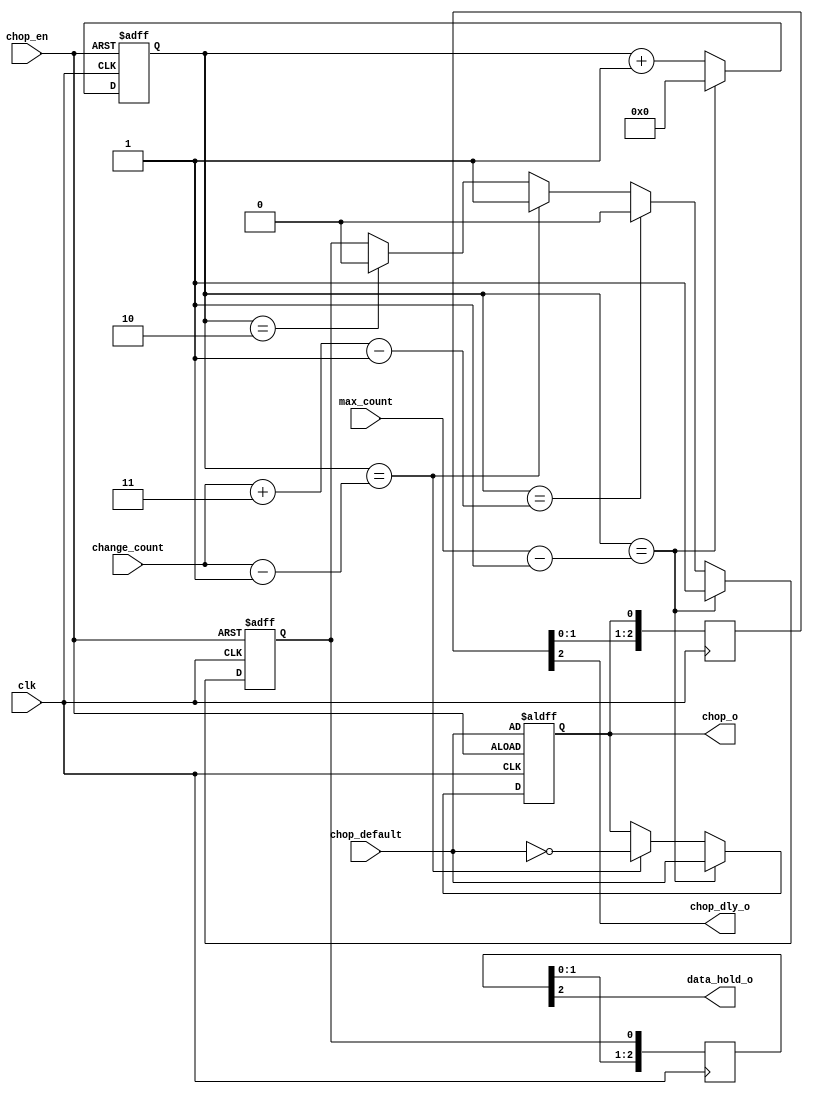
module CHOP_GEN(
    input clk,
    //input reset_n,
    input chop_en,
    input chop_default,
    input [31:0] change_count,
    input [31:0] max_count,
    output chop_o,
    output chop_dly_o,
	 output data_hold_o
    );
	parameter CHOP_DLAY = 3;

	reg chop_r;
	assign chop_o = chop_r;

	reg hold_r=0;
	reg [CHOP_DLAY:1] hold_dly = 0;
	assign data_hold_o = hold_dly[CHOP_DLAY];// hold_r;
	
	reg [CHOP_DLAY:1] chop_dly = 0;
	assign chop_dly_o = chop_dly[CHOP_DLAY];
	
	
	//wire adchp_dly=; 
	always @ (negedge clk)
		begin
			chop_dly <= {chop_dly[(CHOP_DLAY-1):1], chop_r};
			hold_dly <= {hold_dly[(CHOP_DLAY-1):1], hold_r};
		end	
		
	localparam HOLD_SAMPLES = 3;
	reg [31:0] chop_counter_r = 0; 
   always @(negedge clk or negedge chop_en)
		if(!chop_en) 
			begin
				chop_counter_r <= 0;
				chop_r <= chop_default;
				hold_r <= 0;
			end
		else
			begin 
				chop_counter_r <= chop_counter_r + 1;
				if ( chop_counter_r == (HOLD_SAMPLES-1) )
						hold_r <= 1'b0;						
				if ( chop_counter_r == (change_count-1) )
					begin				
						chop_r <= !chop_default;
						hold_r <= 1'b1;						
					end	
				if ( chop_counter_r == (change_count + HOLD_SAMPLES-1) )
						hold_r <= 1'b0;						
				if ( chop_counter_r == (max_count-1) )
					begin 
						chop_counter_r <= 32'b0;
						chop_r <= chop_default;			
						hold_r <= 1'b1;						
					end
			end
		
endmodule